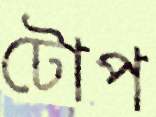
টোপ